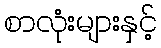
စာလုံးများနှင့်